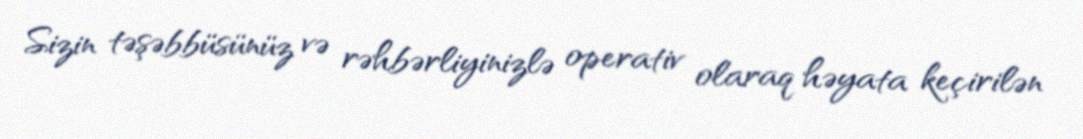
Sizin təşəbbüsünüz və rəhbərliyinizlə operativ olaraq həyata keçirilən